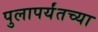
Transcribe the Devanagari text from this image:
पुलापर्यंतच्या